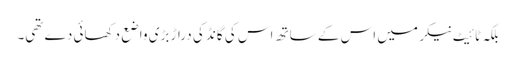
بلکہ ٹائیٹ نیکر میں اس کے ساتھ اس کی گانڈ کی دراڑ بڑی واضع دکھائی دے تھی۔